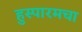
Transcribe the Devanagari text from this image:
हुस्पारमचा